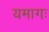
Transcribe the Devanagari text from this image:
यमागः